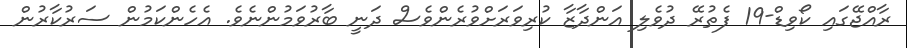
ރާއްޖޭގައި ކޯވިޑް-19 ފެތުރޭ ދުވެލި އަންދާޒާ ކުރިވަރަށްވުރެންވެސް ދަނީ ބާރުވަމުންނެވެ. އެހެންކަމުން ސަރުކާރުން